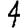
Digit: 4